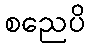
စညေပိ